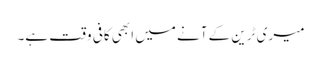
میری ٹرین کے آنے میں ابھی کافی وقت ہے۔